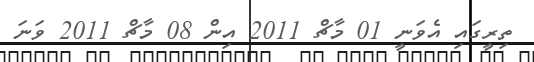
ތިރީގައި އެވަނީ 01 މާޗް 2011 އިން 08 މާޗް 2011 ވަނަ